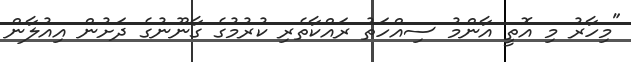
"މިހާރު މި އޮތީ އާންމު ސިއްހަތު ރައްކާތެރި ކުރުމުގެ ގާނޫނުގެ ދަށުން އިއުލާން